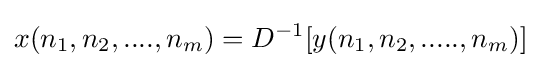
x(n_{1},n_{2},....,n_{m})=D^{-1}[y(n_{1},n_{2},.....,n_{m})]